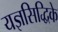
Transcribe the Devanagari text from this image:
यज्ञसिद्धिके